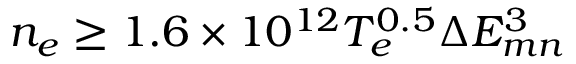
\begin{array} { r } { n _ { e } \geq 1 . 6 \times 1 0 ^ { 1 2 } T _ { e } ^ { 0 . 5 } \Delta E _ { m n } ^ { 3 } } \end{array}